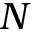
N